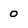
Character: 0